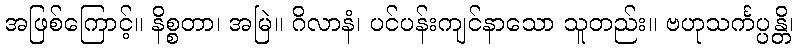
အဖြစ်ကြောင့်။ နိစ္စတာ၊ အမြဲ။ ဂိလာနံ၊ ပင်ပန်းကျင်နာသော သူတည်း။ ဗဟုသင်္ကပ္ပန္တိ၊